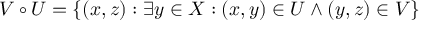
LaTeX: V \circ U = \{ ( x , z ) : \exists y \in X : ( x , y ) \in U \wedge ( y , z ) \in V \}